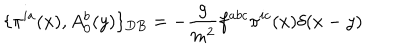
LaTeX: \{ \pi ^ { i a } ( x ) , A _ { 0 } ^ { b } ( y ) \} _ { D B } = - \frac { g } { m ^ { 2 } } f ^ { a b c } \pi ^ { i c } ( x ) \delta ( x - y ) \nonumber